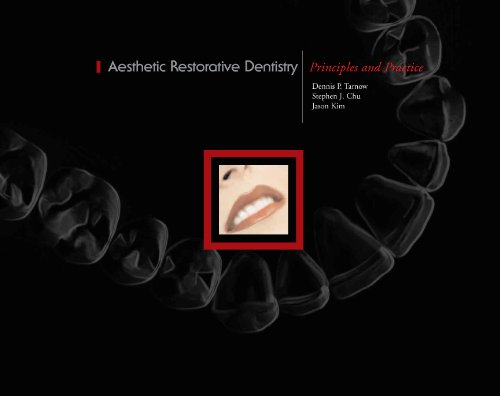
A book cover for Aesthetic Restorative Dentistry: Principles and Practice; Dennis P. Tarnow; Medical Books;